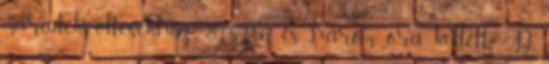
maradék öltésekhez 20 szín és három óra kellett :D